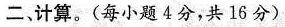
二、计算。(每小题4分，共16分)